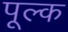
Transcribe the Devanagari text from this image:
पूल्क